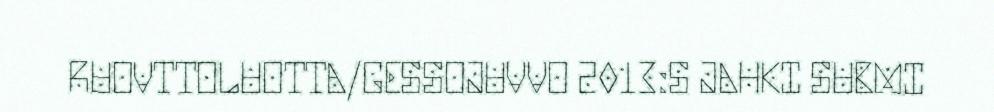
RUOVTTOLUOTTA/GESSOJUVVO 2013:S JAHKI SUBMI